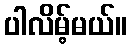
ပါလိမ့်မယ်။